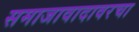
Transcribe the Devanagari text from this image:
समाजावादावरचा